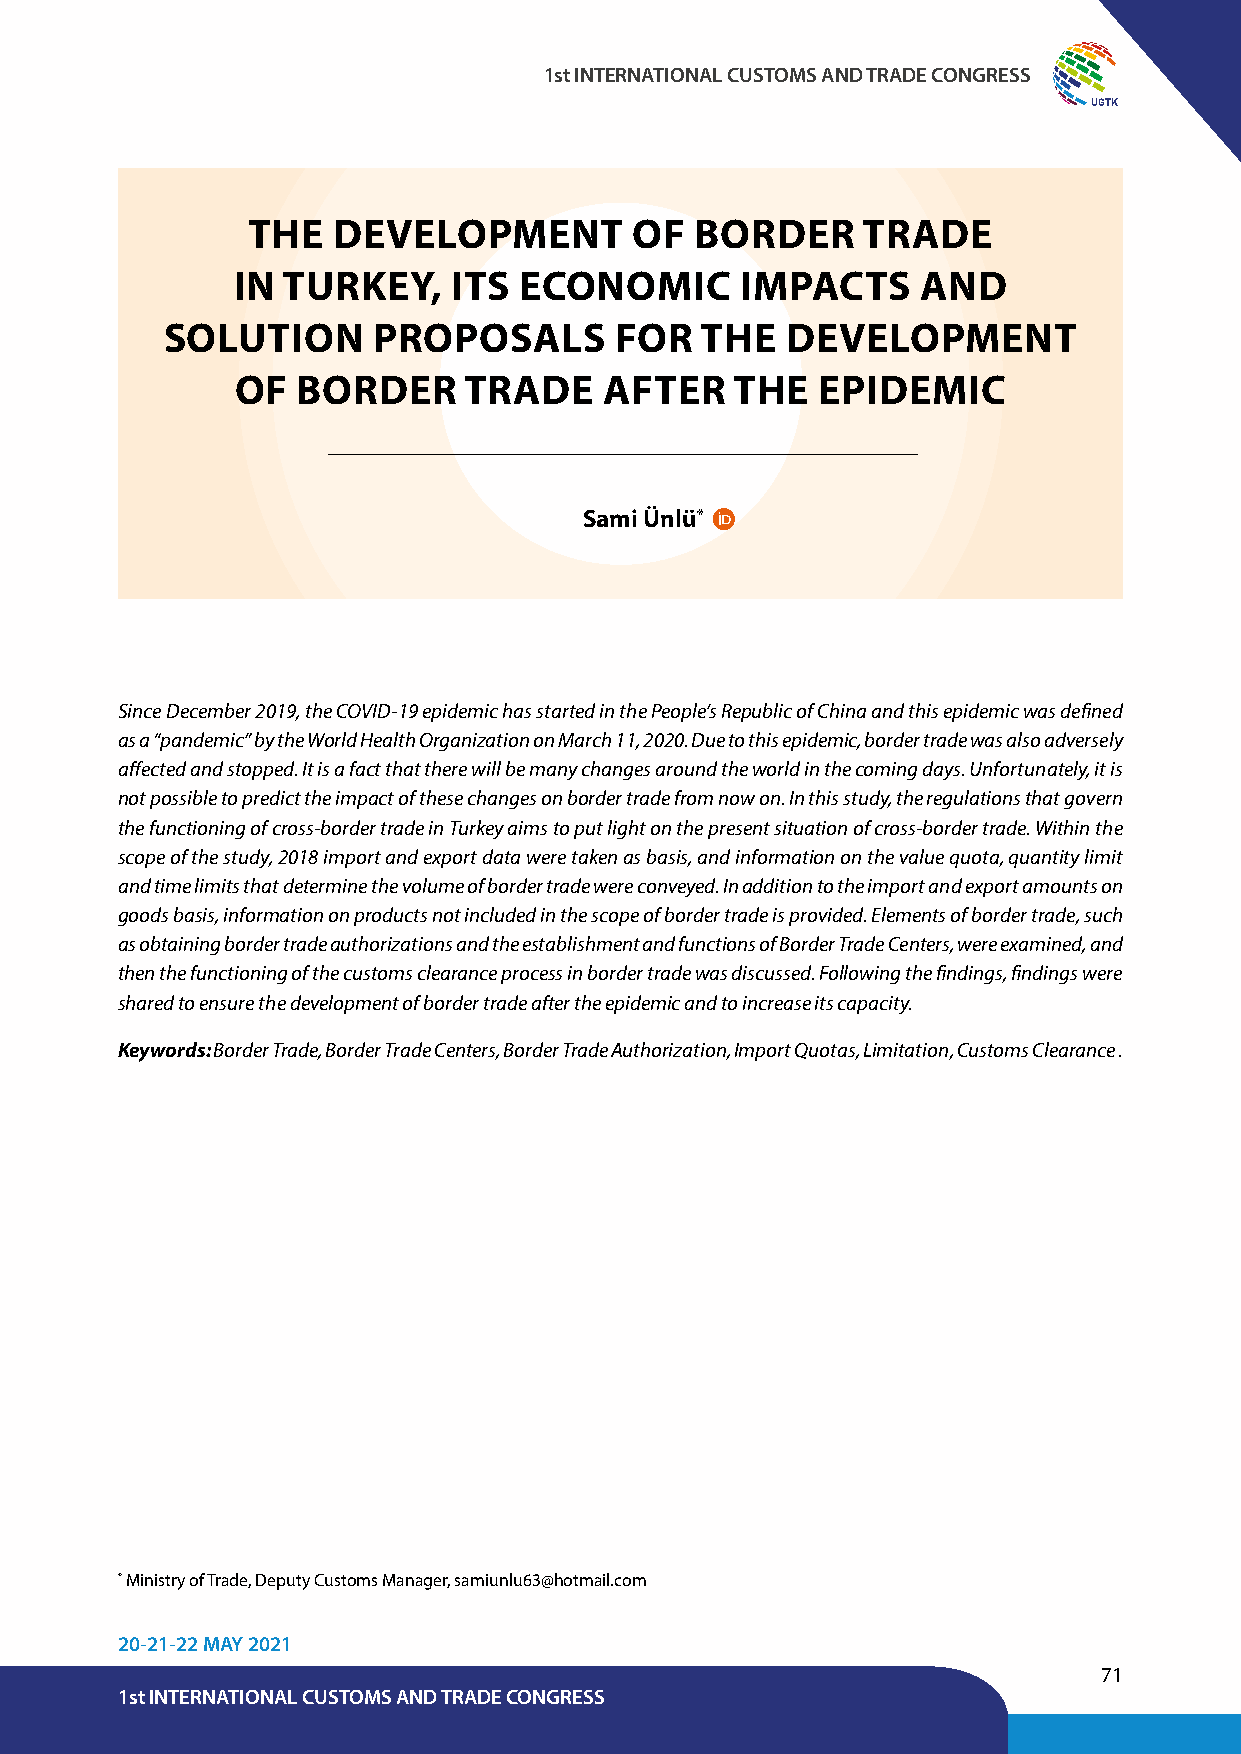
1st INTERNATIONAL CUSTOMS AND TRADE CONGRESS
 UGTK
 THE   DEVELOPMENT         OF  BORDER     TRADE
 IN  TURKEY,    ITS ECONOMIC       IMPACTS     AND
 SOLUTION      PROPOSALS       FOR  THE   DEVELOPMENT
 OF  BORDER     TRADE    AFTER    THE  EPIDEMIC
 Sami Ünlü*
 Since December 2019, the COVID-19 epidemic has started in the People’s Republic of China and this epidemic was defined
 as a “pandemic” by the World Health Organization on March 11, 2020. Due to this epidemic, border trade was also adversely
 affected and stopped. It is a fact that there will be many changes around the world in the coming days. Unfortunately, it is
 not possible to predict the impact of these changes on border trade from now on. In this study, the regulations that govern
 the functioning of cross-border trade in Turkey aims to put light on the present situation of cross-border trade. Within the
 scope of the study, 2018 import and export data were taken as basis, and information on the value quota, quantity limit
 and time limits that determine the volume of border trade were conveyed. In addition to the import and export amounts on
 goods basis, information on products not included in the scope of border trade is provided. Elements of border trade, such
 as obtaining border trade authorizations and the establishment and functions of Border Trade Centers, were examined, and
 then the functioning of the customs clearance process in border trade was discussed. Following the findings, findings were
 shared to ensure the development of border trade after the epidemic and to increase its capacity.
 Keywords: Border Trade, Border Trade Centers, Border Trade Authorization, Import Quotas, Limitation, Customs Clearance .
 * Ministry of Trade, Deputy Customs Manager, samiunlu63@hotmail.com
 20-21-22 MAY 2021
 71
 1st INTERNATIONAL CUSTOMS AND TRADE CONGRESS